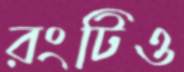
রংটিও